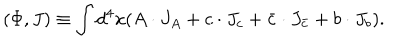
LaTeX: ( \Phi , J ) \equiv \int d ^ { 4 } x ( A \cdot J _ { A } + c \cdot J _ { c } + \bar { c } \cdot J _ { \bar { c } } + b \cdot J _ { b } ) .